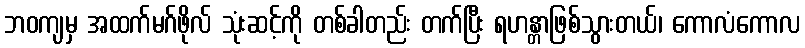
ဘဝကျမှ အထက်မဂ်ဖိုလ် သုံးဆင့်ကို တစ်ခါတည်း တက်ပြီး ရဟန္တာဖြစ်သွားတယ်၊ ကောလံကောလ